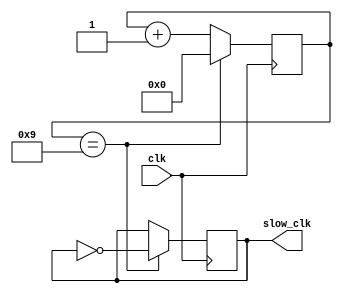
module RippleCounterClockDivider (
    input clk,
    output reg slow_clk
);

parameter DIV_FACTOR = 10; // Desired division factor

reg [3:0] count = 4'b0000; // Ripple counter initialized to 0

always @(posedge clk) begin
    if (count == DIV_FACTOR - 1) begin
        count <= 4'b0000; // Reset counter if count reaches division factor
        slow_clk <= ~slow_clk; // Invert output clock signal on reset
    end
    else begin
        count <= count + 1; // Increment counter on each rising edge of input clock
    end
end

endmodule